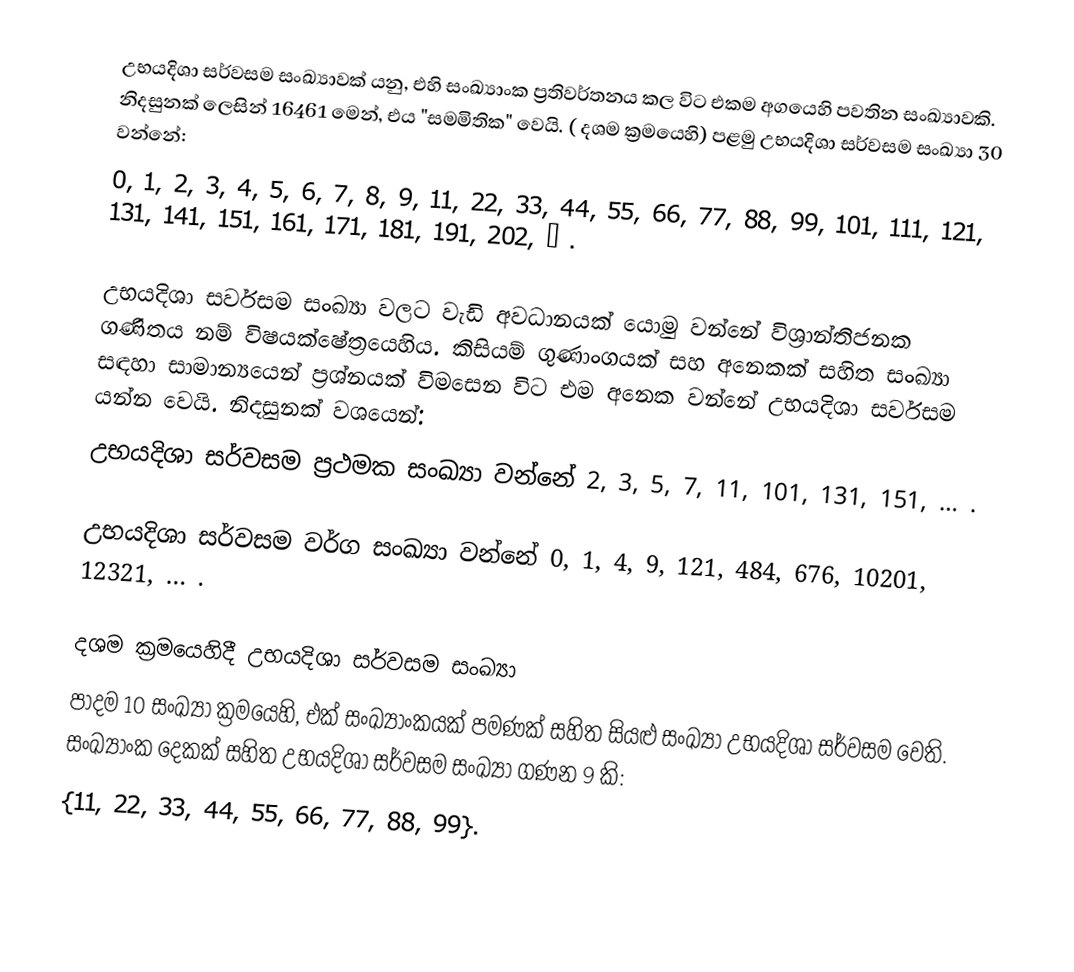
උභයදිශා සර්වසම සංඛ්‍යාවක් යනු,   එහි සංඛ්‍යාංක ප්‍රතිවර්තනය කල විට එකම අගයෙහි පවතින සංඛ්‍යාවකි. නිදසුනක් ලෙසින් 16461 මෙන්, එය "සමමිතික" වෙයි. ( දශම ක්‍රමයෙහි) පළමු උභයදිශා සර්වසම සංඛ්‍යා 30 වන්නේ:
  0, 1, 2, 3, 4, 5, 6, 7, 8, 9, 11, 22, 33, 44, 55, 66, 77, 88, 99, 101, 111, 121, 131, 141, 151, 161, 171, 181, 191, 202, … .

උභයදිශා සර්වසම සංඛ්‍යා වලට වැඩි අවධානයක් යොමු වන්නේ විශ්‍රාන්තිජනක ගණිතය නම් විෂයක්ෂේත්‍රයෙහිය. කිසියම් ගුණාංගයක්  සහ අනෙකක් සහිත සංඛ්‍යා සඳහා සාමාන්‍යයෙන් ප්‍රශ්නයක් විමසෙන විට එම  අනෙක වන්නේ උභයදිශා සර්වසම යන්න වෙයි. නිදසුනක් වශයෙන්:
   උභයදිශා සර්වසම ප්‍රථමක සංඛ්‍යා වන්නේ 2, 3, 5, 7, 11, 101, 131, 151, … .

 උභයදිශා සර්වසම වර්ග සංඛ්‍යා වන්නේ 0, 1, 4, 9, 121, 484, 676, 10201, 12321, … .

දශම ක්‍රමයෙහිදී උභයදිශා සර්වසම සංඛ්‍යා
පාදම 10 සංඛ්‍යා ක්‍රමයෙහි, එක් සංඛ්‍යාංකයක් පමණක් සහිත සියළු සංඛ්‍යා උභයදිශා සර්වසම වෙති. සංඛ්‍යාංක දෙකක් සහිත උභයදිශා සර්වසම සංඛ්‍යා ගණන 9 කි:
{11, 22, 33, 44, 55, 66, 77, 88, 99}.